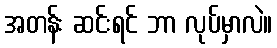
အတန်း ဆင်းရင် ဘာ လုပ်မှာလဲ။